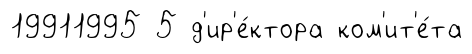
19911995 5 д'ир'е́ктора ком'ит'е́та